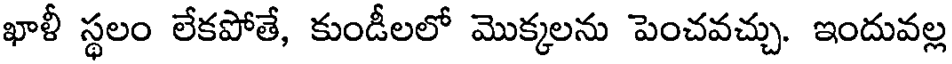
ఖాళీ స్థలం లేకపోతే, కుండీలలో మొక్కలను పెంచవచ్చు. ఇందువల్ల